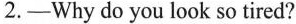
2.-Why do you look so tired?